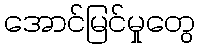
အောင်မြင်မှုတွေ